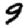
Digit: 9